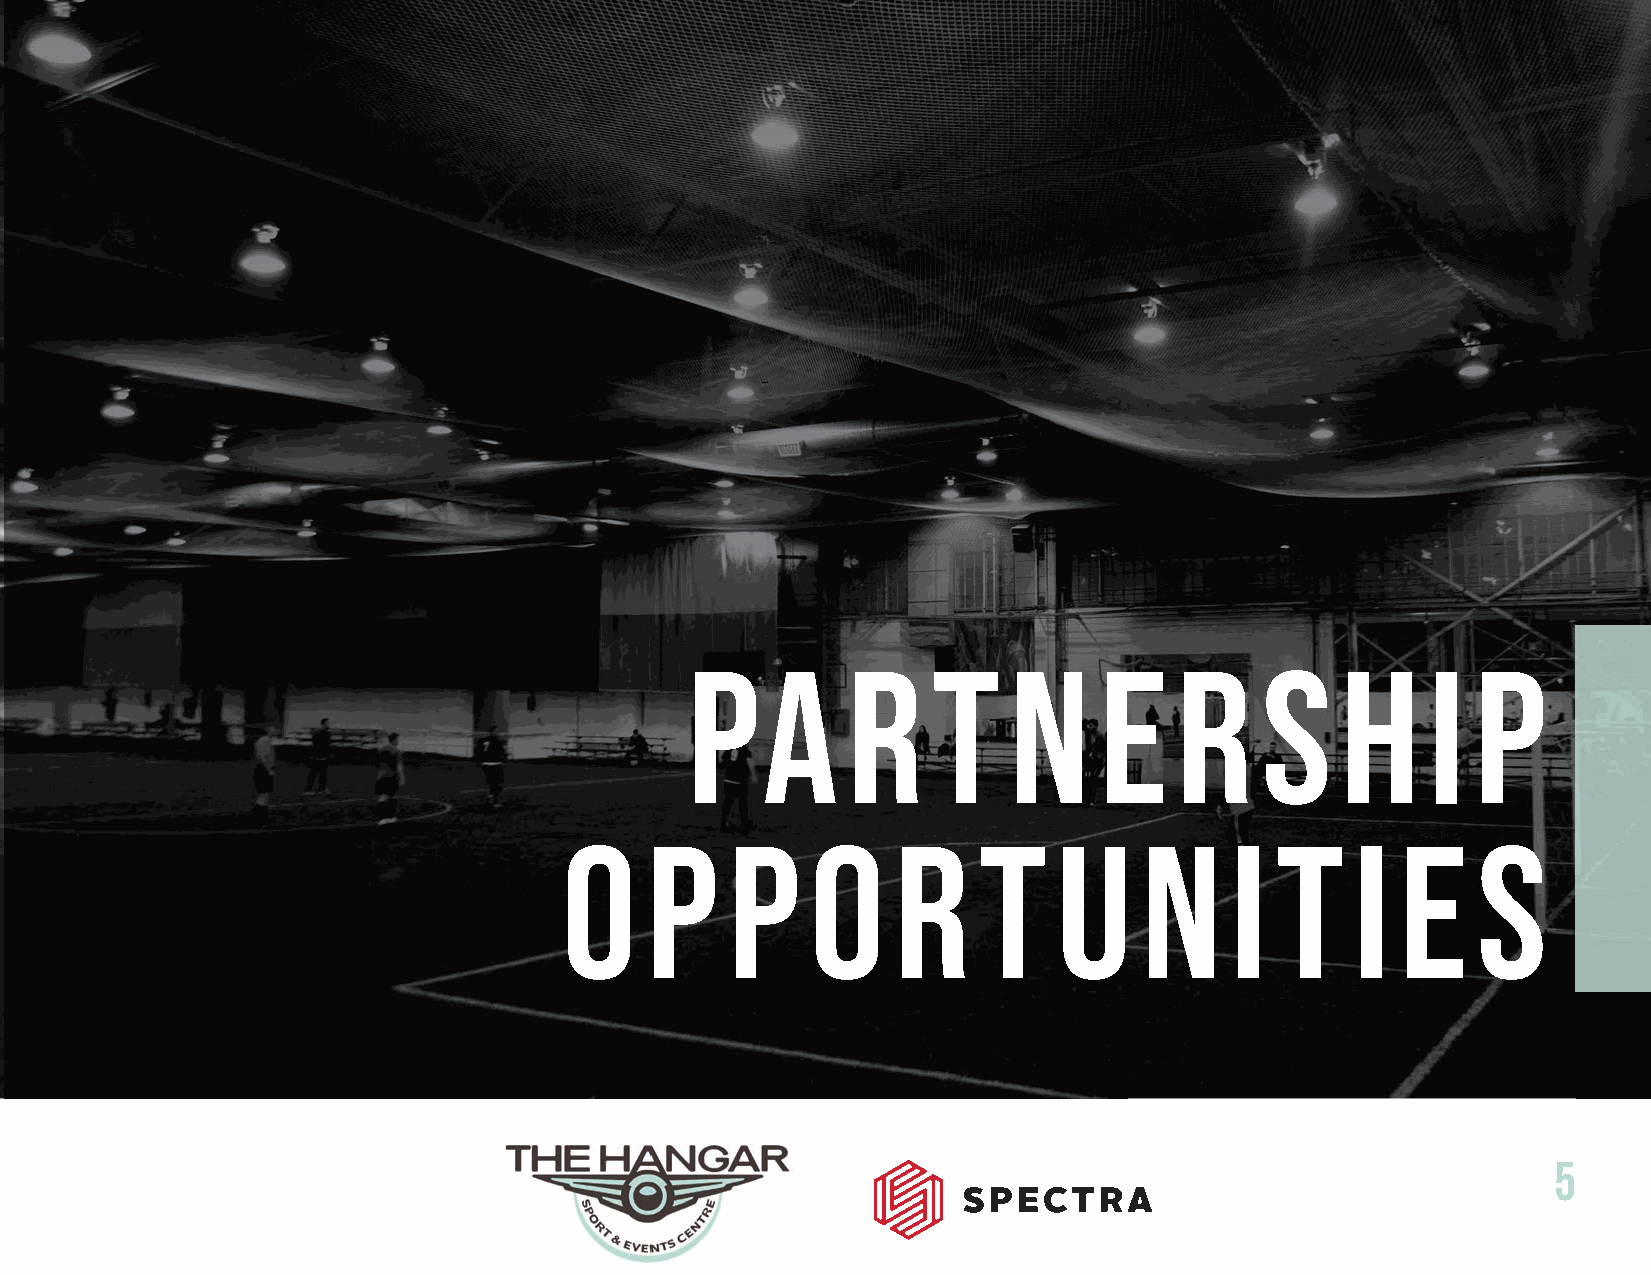
PA         R     T    N     E    R    S     H     I  P
 O     P    P     O    R     T    U     N    I  T     I  E    S
 5